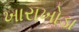
ખારાખોડા